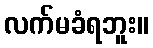
လက်မခံရဘူး။